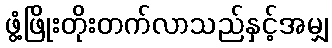
ဖွံ့ဖြိုးတိုးတက်လာသည်နှင့်အမျှ